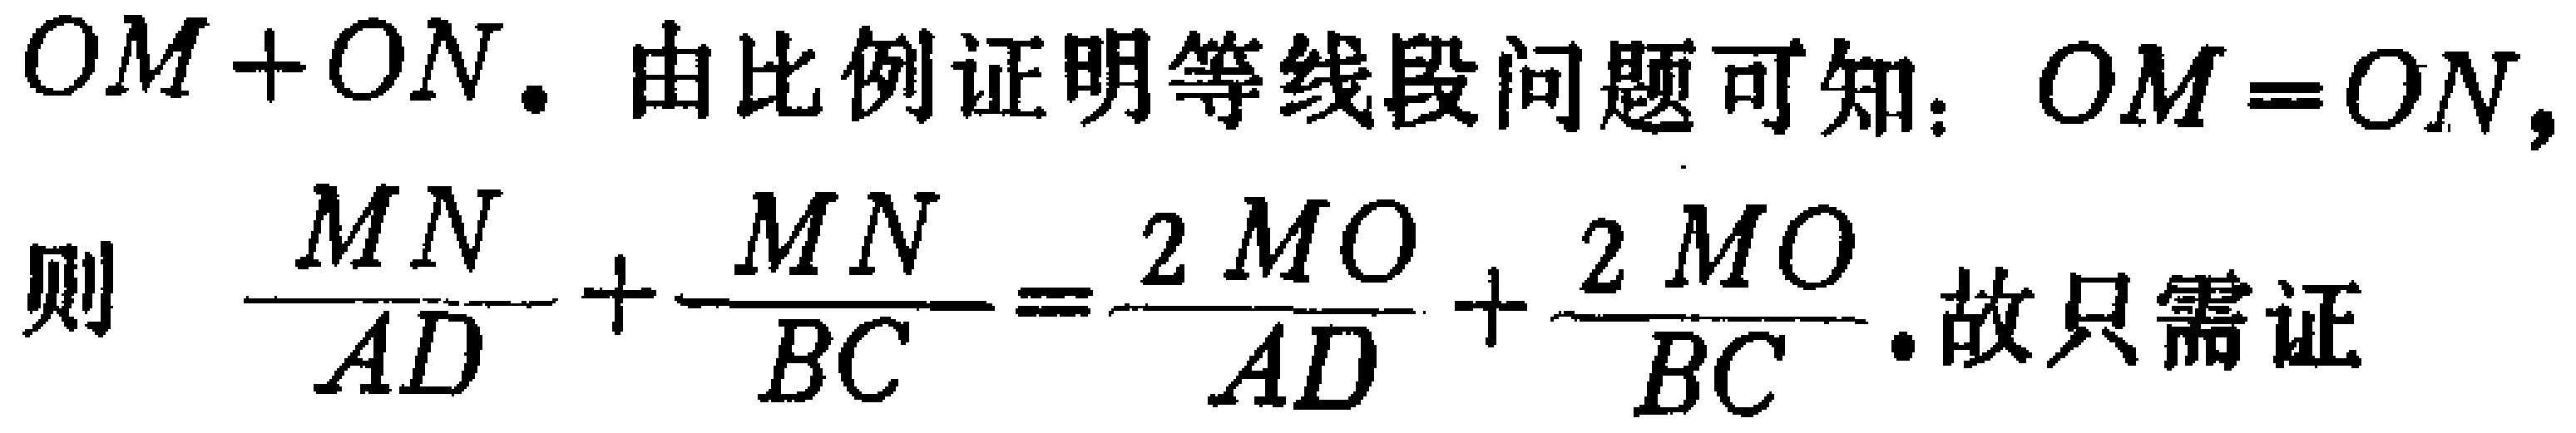
$OM + ON$. 由比例证明等线段问题可知：$OM = ON$, 则 $\dfrac{MN}{AD}+\dfrac{MN}{BC}=\dfrac{2MO}{AD}+\dfrac{2MO}{BC}$. 故只需证